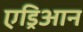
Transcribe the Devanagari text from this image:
एड्रिआन